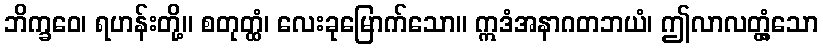
ဘိက္ခဝေ၊ ရဟန်းတို့။ စတုတ္ထံ၊ လေးခုမြောက်သော။ ဣဒံအနာဂတဘယံ၊ ဤလာလတ္တံ့သော